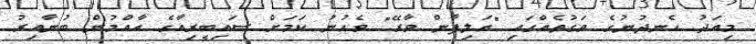
މިއަދު ހެނދުނުގެ ވަގުތެއްގައި "އަލިފާން ވާރޭ" ވެހުނު ކަމަށް ސައިބީރިއާގެ އާއްމުން ބުނާއިރު